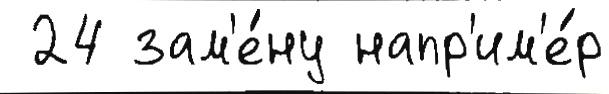
 24 зам'е́ну напр'им'е́р